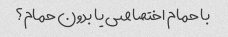
با حمام اختصاصی یا بدون حمام؟